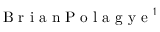
\mathrm { ~ B ~ r ~ i ~ a ~ n ~ P ~ o ~ l ~ a ~ g ~ y ~ e ~ } ^ { 1 }